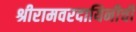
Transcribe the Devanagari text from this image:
श्रीरामवरदायिनीची